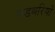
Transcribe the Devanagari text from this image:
गडबरियों